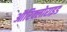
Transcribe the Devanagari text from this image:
ऑरिक्लोराइड